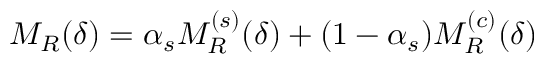
M _ { R } ( \delta ) = \alpha _ { s } M _ { R } ^ { ( s ) } ( \delta ) + ( 1 - \alpha _ { s } ) M _ { R } ^ { ( c ) } ( \delta )